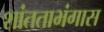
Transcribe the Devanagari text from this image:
शांतताभंगास